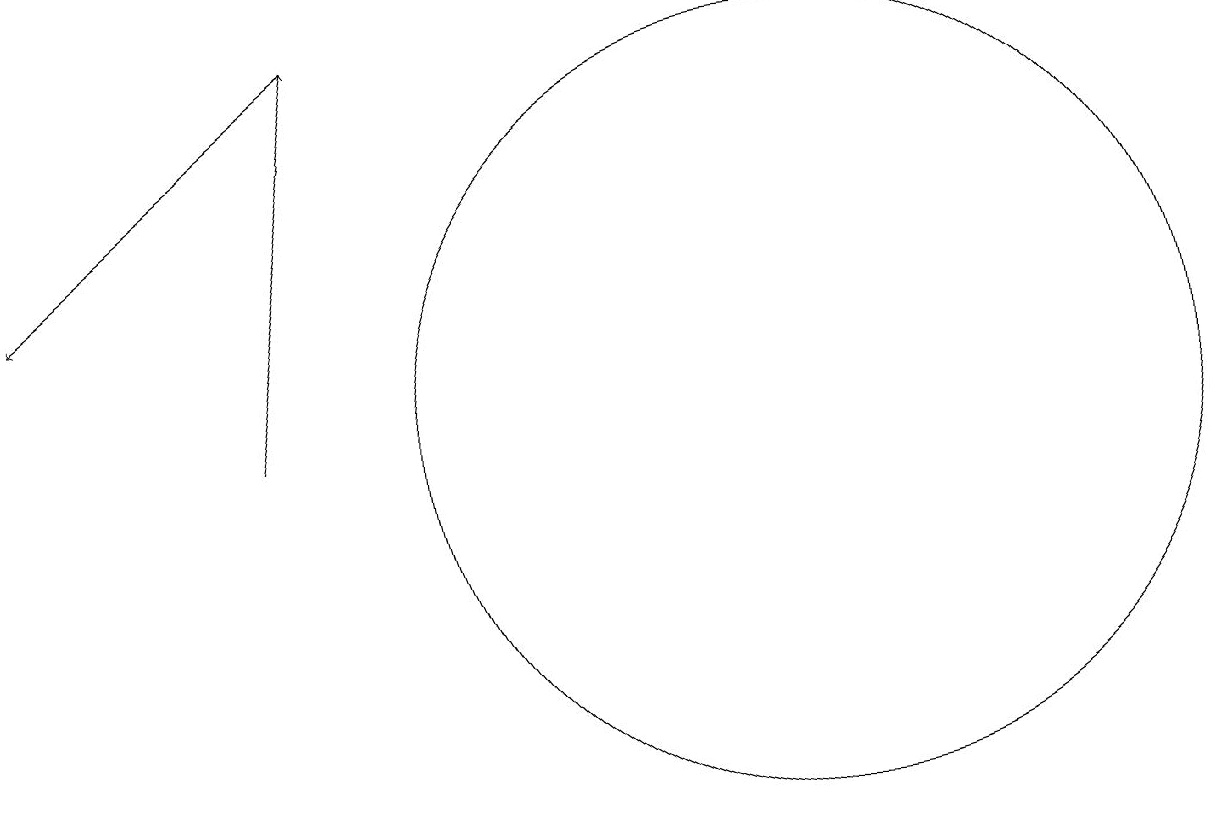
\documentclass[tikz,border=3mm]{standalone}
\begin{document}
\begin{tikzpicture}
\draw[->] (5,15) -- (1,12);
\draw[->] (4,10) -- (5,15);
\draw (11,10) circle (5);
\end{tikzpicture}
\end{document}